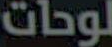
لوحات